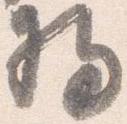
将